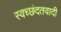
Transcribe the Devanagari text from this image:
स्वच्छंदतवादी